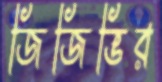
জিজিভির